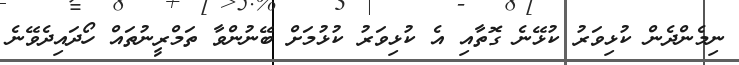
ނިމެންދެން ކުޅިވަރު ކުޅޭނެ ގޮތާއި އެ ކުޅިވަރު ކުޅުމަށް ބޭނުންވާ ތަމްރީނުތައް ހޯދައިދެވޭނެ